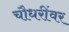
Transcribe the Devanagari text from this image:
चौधरींवर